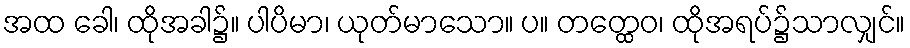
အထ ခေါ၊ ထိုအခါ၌။ ပါပိမာ၊ ယုတ်မာသော။ ပ။ တတ္ထေဝ၊ ထိုအရပ်၌သာလျှင်။